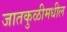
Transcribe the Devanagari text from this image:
जातकुळीमधील